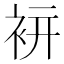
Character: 𧙒